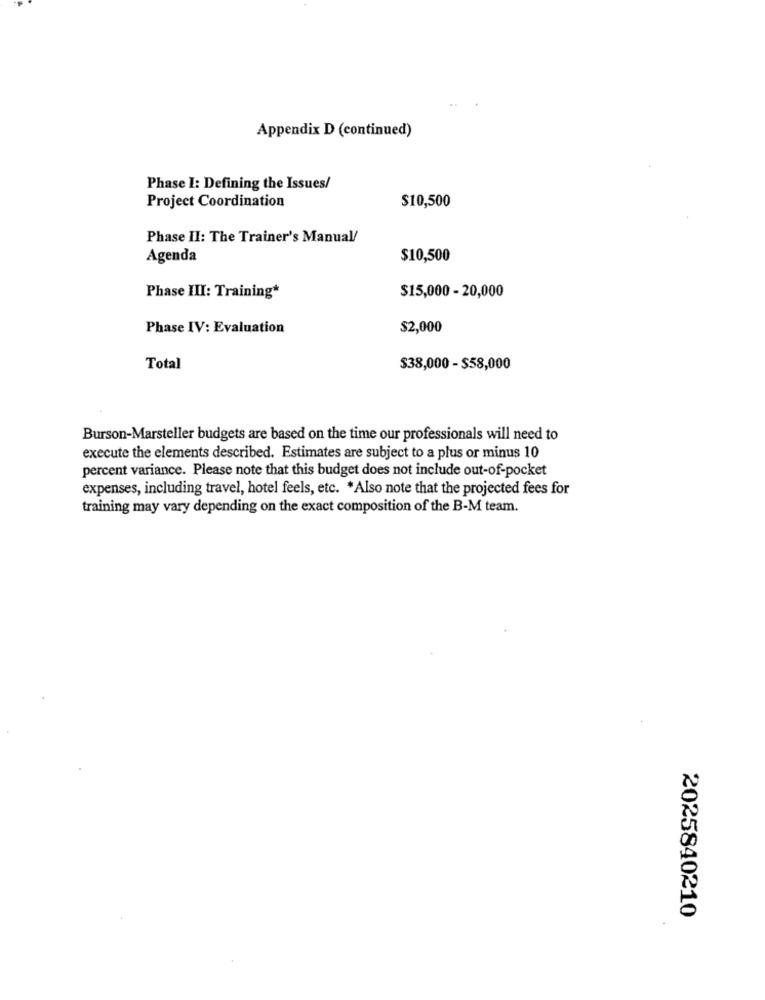
Appendix D (continued)
Phase I: Defining the Issues/
Project Coordination
$10,500
Phase II: The Trainer's Manual/
Agenda
$10,500
$15,000 - 20,000
Phase III: Training*
Phase IV: Evaluation
$2,000
Total
$38,000 - $58,000
Burson-Marsteller budgets are based on the time our professionals will need to
execute the elements described. Estimates are subject to a plus or minus 10
percent variance. Please note that this budget does not include out-of-pocket
expenses, including travel, hotel feels, etc. * Also note that the projected fees for
training may vary depending on the exact composition of the B-M team.
2025840210